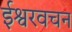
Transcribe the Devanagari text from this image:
ईश्वरवचन